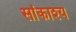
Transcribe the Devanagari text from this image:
सांकाश्य